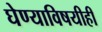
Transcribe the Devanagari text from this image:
घेण्याविषयीही